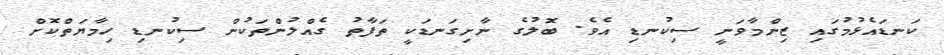
ކަނޑައެޅުމުގައި ޒިންމާވަނީ ސިކުނޑި އެވެ. ބޮލުގެ ނާށިގަނޑަކީ ތަފާތު ގެއްލުންތަކުން ސިކުނޑި ހިމާޔަތްކޮށް